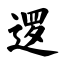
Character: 逻